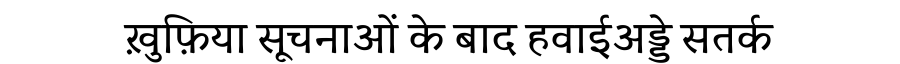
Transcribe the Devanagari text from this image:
ख़ुफ़िया सूचनाओं के बाद हवाईअड्डे सतर्क